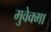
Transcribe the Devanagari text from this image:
मुवेक्मा